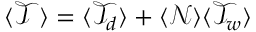
\langle \mathcal { T } \rangle = \langle \mathcal { T } _ { d } \rangle + \langle \mathcal { N } \rangle \langle \mathcal { T } _ { w } \rangle